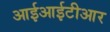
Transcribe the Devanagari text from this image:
आईआईटीआर